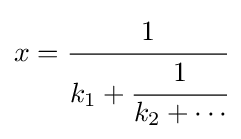
x={\cfrac {1}{k_{1}+{\cfrac {1}{k_{2}+\cdots }}}}